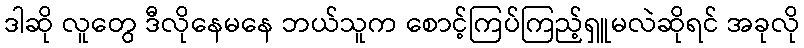
ဒါဆို လူတွေ ဒီလိုနေမနေ ဘယ်သူက စောင့်ကြပ်ကြည့်ရှူမလဲဆိုရင် အခုလို